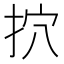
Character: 㧒